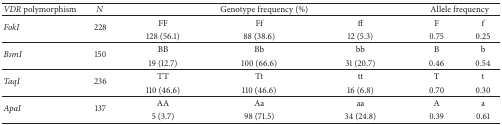
| VDR polymorphism | N | <COLSPAN=3> Genotype frequency (%) | <COLSPAN=2> Allele frequency |
 | --- | --- | --- | --- | --- | --- | --- |
 | <ROWSPAN=2> FokI | <ROWSPAN=2> 228 | FF | Ff | ff | F | f |
 | 128 (56.1) | 88 (38.6) | 12 (5.3) | 0.75 | 0.25 |
 | <ROWSPAN=2> BsmI | <ROWSPAN=2> 150 | BB | Bb | bb | B | b |
 | 19 (12.7) | 100 (66.6) | 31 (20.7) | 0.46 | 0.54 |
 | <ROWSPAN=2> TaqI | <ROWSPAN=2> 236 | TT | Tt | tt | T | t |
 | 110 (46.6) | 110 (46.6) | 16 (6.8) | 0.70 | 0.30 |
 | <ROWSPAN=2> ApaI | <ROWSPAN=2> 137 | AA | Aa | aa | A | a |
 | 5 (3.7) | 98 (71.5) | 34 (24.8) | 0.39 | 0.61 |